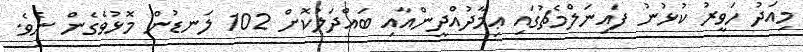
މިއަދު ހަވީރު ކުޅުނު ފައިނަލްމެޗުގައި ޢިމާދުއްދީންއާއި ބައްދަލުކޮށް 102 ލަނޑުން މޮޅުވެގެން ނެވެ.